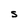
Character: s